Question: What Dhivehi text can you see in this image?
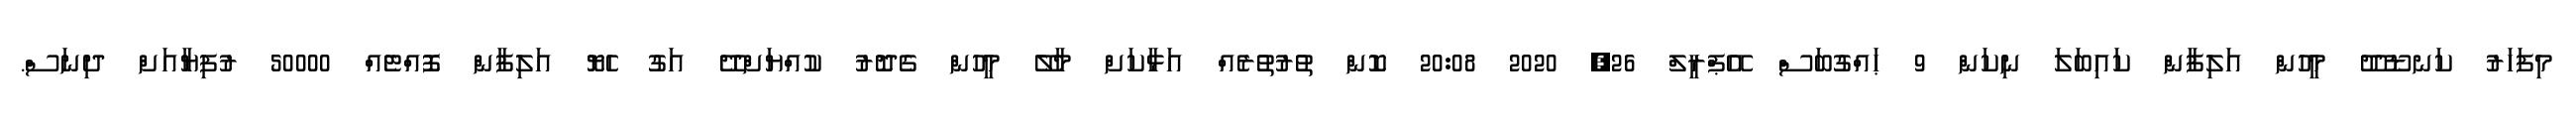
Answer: މިފަހަރު ކަނޑޫދޫ މީހުން އަލިފާން ކައިބަލަ ނިކަން 9 ޙައްގުބަސް އޭޕްރީލް 26, 2020 20:08 ކޮން ތުރުތުރެއް އަޅާކަށް މާލޭ މީހުން ގެދޮރު ކުއްޔަށްދޭ އަގު ހެޔޮ އަލިފާން ފޮއްޓެއް 50000 ރުފިޔާއަށް ދިނަސް.